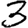
Digit: 3